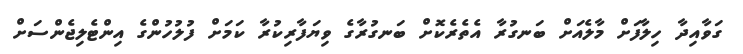
ގަވާއިދާ ހިލާފަށް މާލެއަށް ބަނގުރާ އެތެރެކޮށް ބަނގުރާގެ ވިޔަފާރިކުރާ ކަމަށް ފުލުހުންގެ އިންޓެލިޖެންސަށް